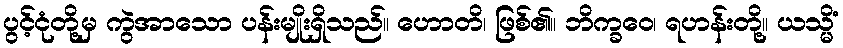
ပွင့်ငုံတို့မှ ကွဲအာသော ပန်းမျိုးရှိသည်။ ဟောတိ၊ ဖြစ်၏။ ဘိက္ခဝေ၊ ရဟန်းတို့။ ယသ္မိံ